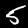
Label: 5